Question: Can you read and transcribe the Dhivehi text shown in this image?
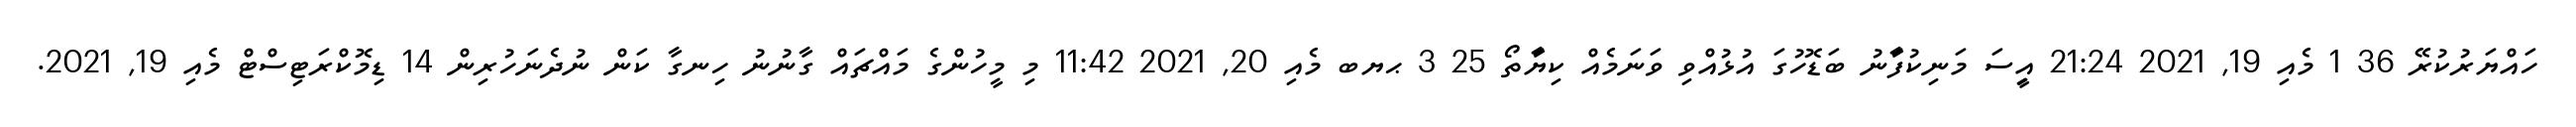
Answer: ހައްޔަރުކުރޭ 36 1 މެއި 19, 2021 21:24 އިީސަ މަނިކުފަާނު ބަޑޮހުގަ އުޅުއްވި ވަނަމެއް ކިޔަާތޯ 25 3 ޙޔބ މެއި 20, 2021 11:42 މި މީހުންގެ މައްޗައް ގާނުނު ހިނގާ ކަން ނުދެނަހުރިން 14 ޑިމޮކްރަޓިސްޓް މެއި 19, 2021.